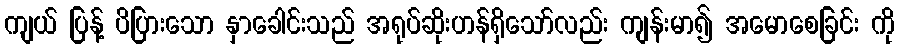
ကျယ် ပြန့် ပိပြားသော နှာခေါင်းသည် အရုပ်ဆိုးဟန်ရှိသော်လည်း ကျန်းမာ၍ အမောစေခြင်း ကို